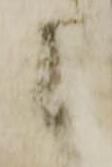
候